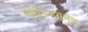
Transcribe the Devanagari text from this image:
मृत्युञ्जयमंत्र